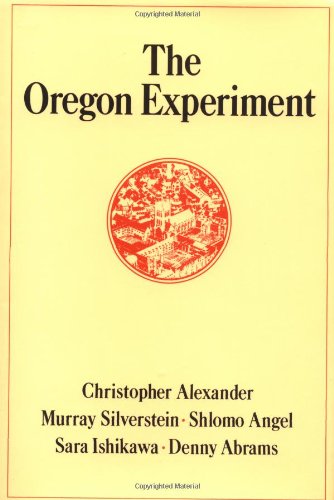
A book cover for The Oregon Experiment (Center for Environmental Structure); Christopher Alexander; Arts & Photography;